Report on horse surra - Volume I
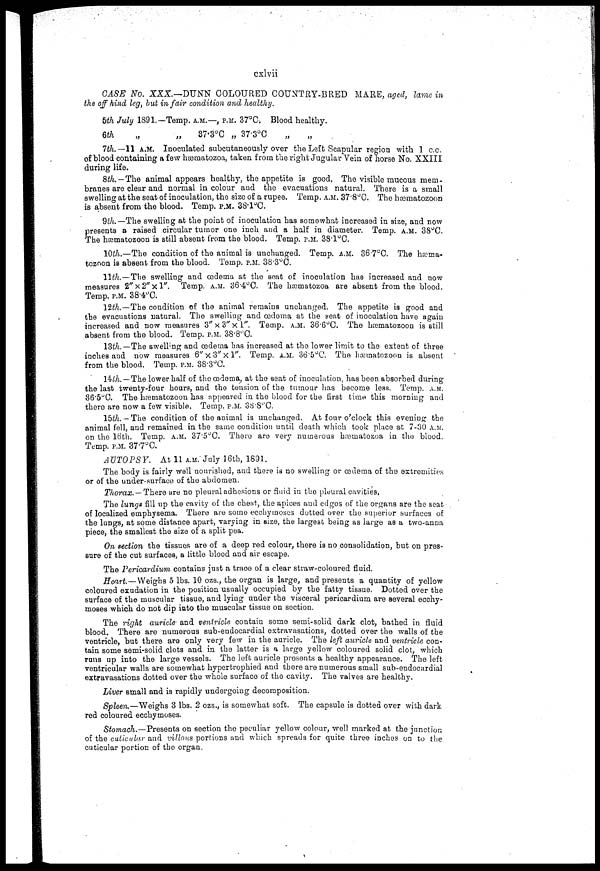
cxlvii
CASE No. XXX.—DUNN COLOURED COUNTRY-BRED MARE, aged, lame in
the off hind leg, but in fair condition and healthy.
5th July 1891.—Temp. A.M.—, P.M. 37°C. Blood healthy.
6th
„
„
37.3°C
„ 37.3°C
7th.—11 A.M. Inoculated subcutaneously over the Left Scapular region with 1 c.c.
of blood containing a few hæmatozoa, taken from the right Jugular Vein of horse No. XXIII
during life.
8th.—The animal appears healthy, the appetite is good. The visible mucous mem-
branes are clear and normal in colour and the evacuations natural. There is a small
swelling at the seat of inoculation, the size of a rupee. Temp. A.M. 37.8°C. The hæmatozoon
is absent from the blood. Temp. P.M. 38.1ºC.
9th.— The swelling at the point of inoculation has somewhat increased in size, and now
presents a raised circular tumor one inch and a half in diameter. Temp. A.M. 38ºC.
The hæmatozoon is still absent from the blood. Temp. P.M. 38.l°C.
10th.—The condition of the animal is unchanged. Temp. A.M. 36.7°C. The hæma-
tozoon is absent from the blood. Temp. P.M. 38.3ºC.
11th.—The swelling and oedema at the seat of inoculation has increased and now
measures 2"x2"xl".
Temp. A.M. 36.4°C. The hæmatozoa are absent from the blood.
Temp. P.M. 38.4°C.
12th.— The condition of the animal remains unchanged. The appetite is good and
the evacuations natural. The swelling and oedema at the seat of inoculation have again
increased and now measures 3" x 3" x 1". Temp. A.M. 36.6°C. The hæmatozoon is still
absent from the blood. Temp. P.M. 38.8ºC.
13th.— The swelling and oedema has increased at the lower limit to the extent of: three
inches and now measures 6" x 3" X 1". Temp. A.M. 36.5°C. The hæmatozoon is absent
from the blood. Temp. P.M. 38.3 o C.
14th. — The lower half of the œdema, at the seat of inoculation, has been absorbed during
the last twenty-four hours, and the tension of the tumour has become less. Temp. A.M.
36.5ºC. The hæmatozoon has appeared in the blood for the first time this morning and
there are now a few visible. Temp. P.M. 38.8°C.
15th. -The condition of the animal is unchanged. At four o'clock this evening the
animal fell, and remained in the same condition until death which took place at 7-30 A.M.
on the 16th. Temp. A.M. 37.5 0 C. There are very numerous hæmatozoa in the blood.
Temp. P.M. 37.7°C.
AUTOPSY.
At 11 A.M. July 16th, 1891.
The body is fairly well nourished, and there is no swelling or oedema of the extremities
or of the under-surface of the abdomen.
Thorax. — There are no pleural adhesions or fluid in the pleural cavities.
The lungs fill up the cavity of the chest, the apices and edges of the organs are the seat
of localized emphysema. There are some ecchymoses dotted over the superior surfaces of
the lungs, at some distance apart, varying in size, the largest being as large as a two-anna
piece, the smallest the size of a split pea.
On section the tissues are of a deep red colour, there is no consolidation, but on pres-
sure of the cut surfaces, a little blood and air escape.
The Pericardium contains just a trace of a clear straw-coloured fluid.
Heart — Weighs 5 lbs. 10 ozs., the organ is large, and presents a quantity of yellow
coloured exudation in the position usually occupied by the fatty tissue. Dotted over the
surface of the muscular tissue, and lying under the visceral pericardium are several ecchy-
moses which do not dip into the muscular tissue on section.
The right auricle and ventricle contain some semi-solid dark clot, bathed in fluid
blood. There are numerous sub-endocardial extravasations, dotted over the walls of the
ventricle, but there are only very few in the auricle. The left auricle and ventricle con-
tain some semi-solid clots and in the latter is a large yellow coloured solid clot, which
runs up into the large vessels. The left auricle presents a healthy appearance. The left
ventricular walls are somewhat hypertrophied and there are numerous small sub-endocardial
extravasations dotted over the whole surface of the cavity. The valves are healthy.
Liver small and is rapidly undergoing decomposition.
Spleen.—Weighs 3 lbs. 2 ozs., is somewhat soft. The capsule is dotted over with dark
red coloured ecchymoses.
Stomach.—Presents on section the peculiar yellow colour, well marked at the junction
of the cuticular and villous portions and which spreads for quite three inches on to the
cuticular portion of the organ.